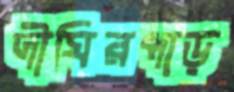
দীঘিরপাড়